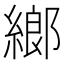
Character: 𦂧